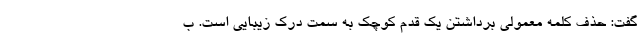
گفت: حذف کلمه معمولی برداشتن یک قدم کوچک به سمت درک زیبایی است. ب